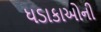
ધડાકાઓની